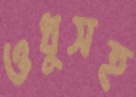
ওধুসহ